画像に写った文字を読んでください
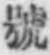
「號」と書いてあります